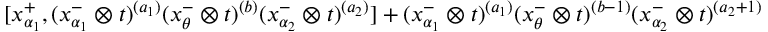
[ x _ { \alpha _ { 1 } } ^ { + } , ( x _ { \alpha _ { 1 } } ^ { - } \otimes t ) ^ { ( a _ { 1 } ) } ( x _ { \theta } ^ { - } \otimes t ) ^ { ( b ) } ( x _ { \alpha _ { 2 } } ^ { - } \otimes t ) ^ { ( a _ { 2 } ) } ] + ( x _ { \alpha _ { 1 } } ^ { - } \otimes t ) ^ { ( a _ { 1 } ) } ( x _ { \theta } ^ { - } \otimes t ) ^ { ( b - 1 ) } ( x _ { \alpha _ { 2 } } ^ { - } \otimes t ) ^ { ( a _ { 2 } + 1 ) }